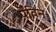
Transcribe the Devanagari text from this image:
पेविन